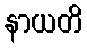
နာယတိ